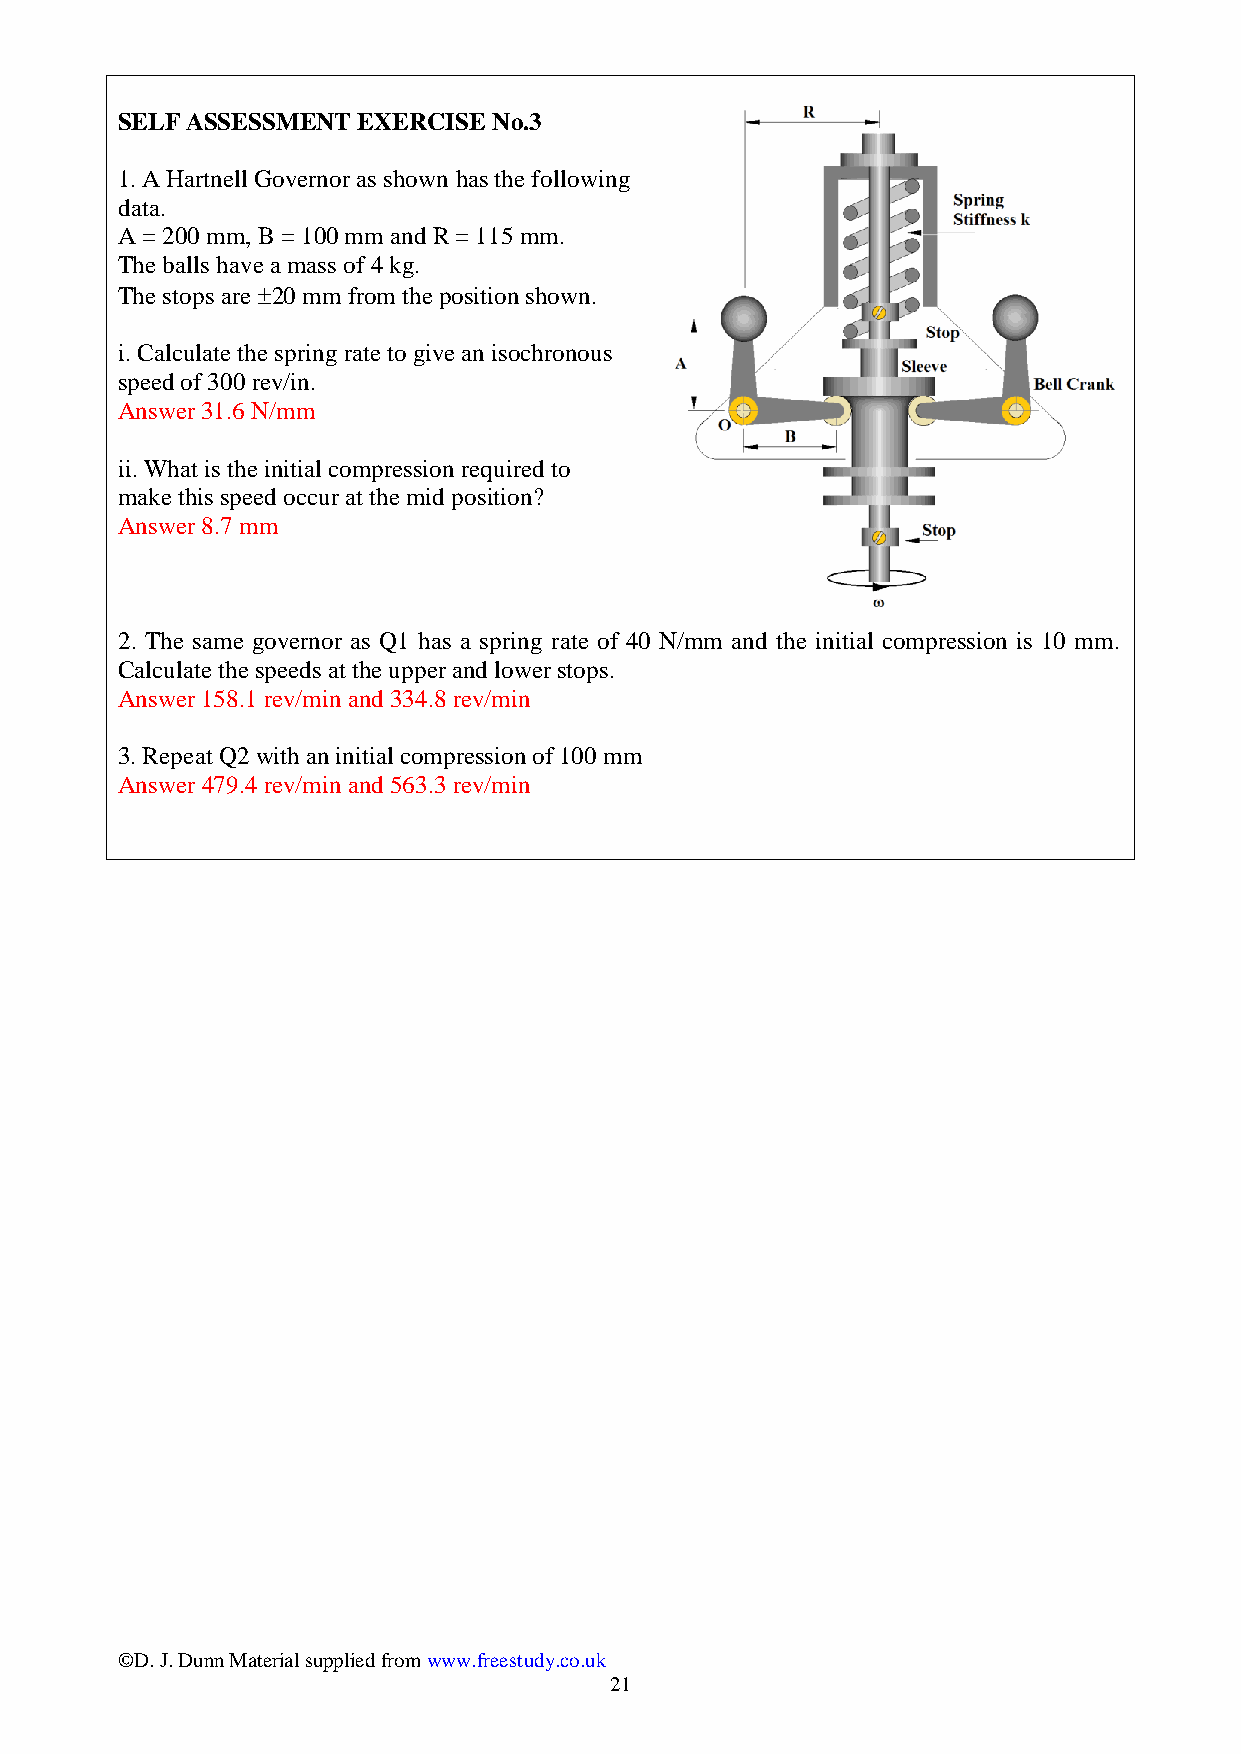
SELF ASSESSMENT EXERCISE No.3
 1. A Hartnell Governor as shown has the following
 data.
 A = 200 mm, B = 100 mm and R = 115 mm.
 The balls have a mass of 4 kg.
 The stops are 20 mm from the position shown.
 i. Calculate the spring rate to give an isochronous
 speed of 300 rev/in.
 Answer 31.6 N/mm
 ii. What is the initial compression required to
 make this speed occur at the mid position?
 Answer 8.7 mm
 2. The same governor as Q1 has a spring rate of 40 N/mm and the initial compression is 10 mm.
 Calculate the speeds at the upper and lower stops.
 Answer 158.1 rev/min and 334.8 rev/min
 3. Repeat Q2 with an initial compression of 100 mm
 Answer 479.4 rev/min and 563.3 rev/min
 ©D. J. Dunn Material supplied from www.freestudy.co.uk
 21